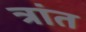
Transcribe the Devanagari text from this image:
त्रांत